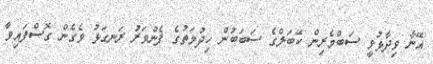
އޭނާ ވިދާޅުވީ ސަބްމެރިން ކޭބަލްގެ ސަބަބުން ހިދުމަތުގެ ފެންވަރު ރަނގަޅު ވެގެން ގޮސްފައިވާ